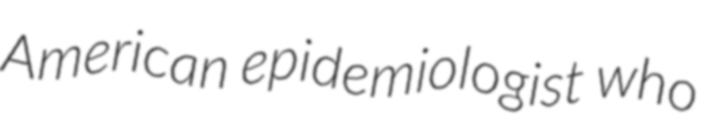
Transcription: American epidemiologist who